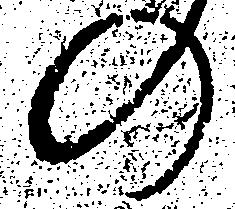
の